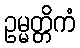
ဥမ္မတ္တိကံ